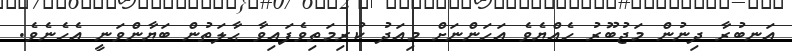
އަނބުރާ ދިނުން މަޖުބޫރު ހެއްޔެވެ އަހަންނަށް މިއަދު ކުރިމަތިވެފައިވާ ޙާލަތުން ބަޔާންވަނީ އެހެނެވެ.